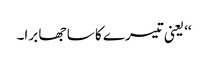
‘‘ یعنی تیسرے کا سا جھا برا۔